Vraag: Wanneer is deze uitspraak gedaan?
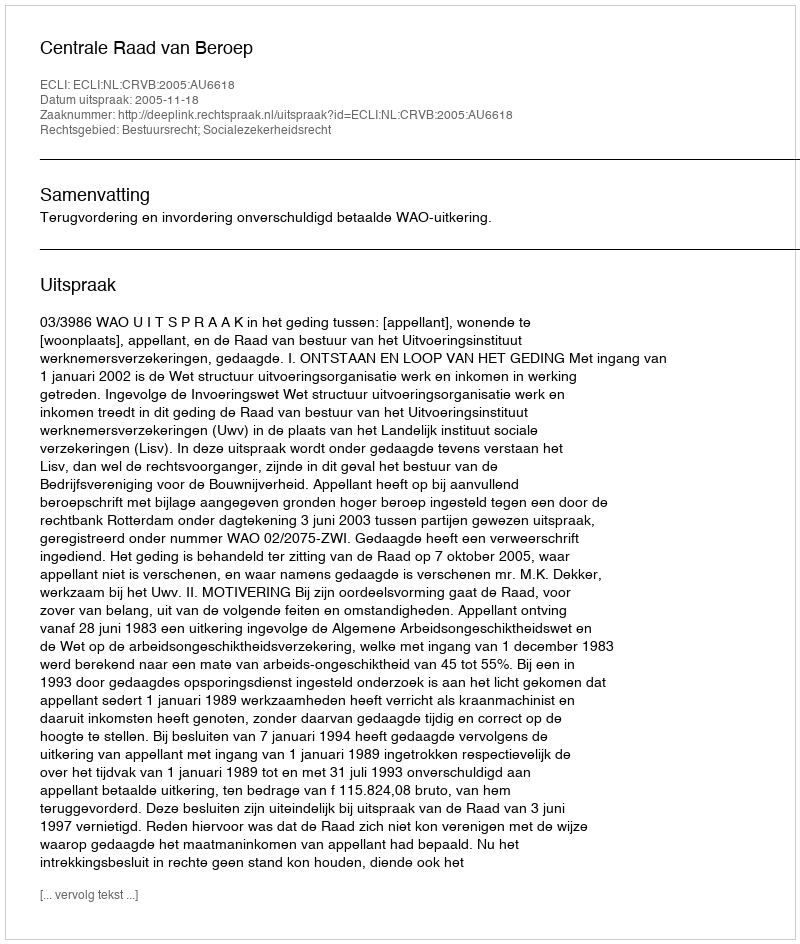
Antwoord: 2005-11-18